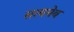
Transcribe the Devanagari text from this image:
सत्‍यमेव